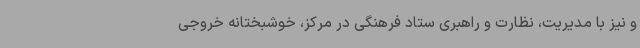
و نیز با مدیریت، نظارت و راهبری ستاد فرهنگی در مرکز، خوشبختانه خروجی